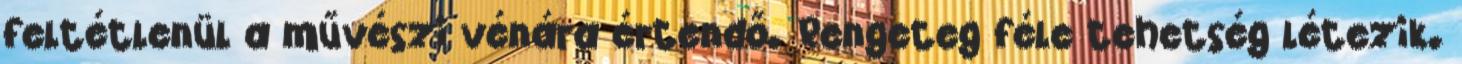
feltétlenül a művészi vénára értendő. Rengeteg féle tehetség létezik.